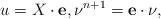
LaTeX: \begin{align*}u=X\cdot \mathbf{e},\nu^{n+1}=\mathbf{e}\cdot\nu,\end{align*}